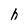
Character: h